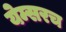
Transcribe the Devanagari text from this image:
येम्सरच